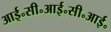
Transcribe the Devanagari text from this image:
आई॰सी॰आई॰सी॰आई॰